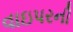
વાઇપરની